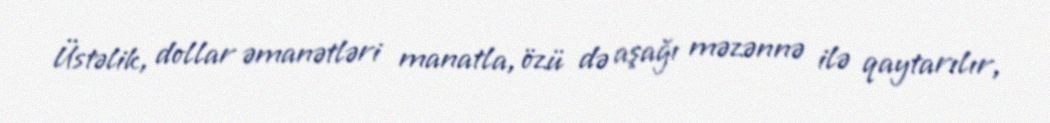
Üstəlik, dollar əmanətləri manatla, özü də aşağı məzənnə ilə qaytarılır,